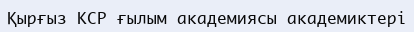
Қырғыз КСР ғылым академиясы академиктері